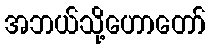
အဘယ်သို့ဟောတော်